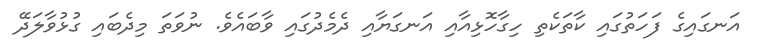
އަނގައިގެ ފަހަތުގައި ކާތަކެތި ހިގާހޮޅިއާއި އަނގަޔާއި ދެމެދުގައި ވާބައެވެ. ނުވަތަ މިދެބައި ގުޅުވާލަދޭ